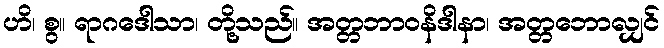
ဟိ၊ စွ။ ရာဂဒေါသာ၊ တို့သည်။ အတ္တဘာဝနိဒါနာ၊ အတ္တဘောလျှင်